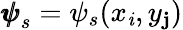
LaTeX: {\pmb{\psi}}_{s}=\psi_{s}(x_{\mathit{i}},y_{\mathbf{j}})